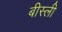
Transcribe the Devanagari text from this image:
बीस्ली